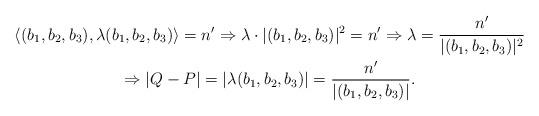
LaTeX: \begin{gather*}\langle(b_1,b_2,b_3),\lambda (b_1,b_2,b_3)\rangle=n'\Rightarrow\lambda\cdot|(b_1,b_2,b_3)|^2=n'\Rightarrow\lambda=\frac{n'}{|(b_1,b_2,b_3)|^2} \\\Rightarrow|Q-P|=|\lambda(b_1,b_2,b_3)|=\frac{n'}{|(b_1,b_2,b_3)|}.\end{gather*}